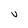
Character: U